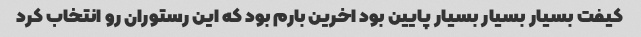
کیفت بسیار بسیار بسیار پایین بود اخرین بارم بود که این رستوران رو انتخاب کرد